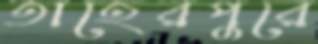
তাহেরপুরে